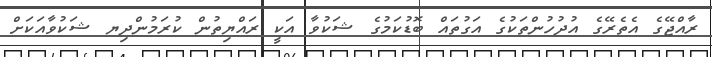
ރާއްޖޭގެ އެތެރޭގެ އުދުހުންތަކުގެ އަގުތައް ބޮޑުކަމުގެ ޝަކުވާ އަކީ ރައްޔިތުން ކުރަމުންދިޔ ޝަކުވާއަކަށް